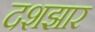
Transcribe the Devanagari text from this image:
दशझार